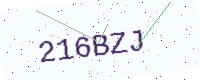
Text: 216BZJ